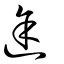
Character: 途